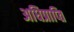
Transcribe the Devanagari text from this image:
अधिप्राप्‍ति